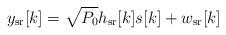
LaTeX: \begin{align*}y_{\mathrm{sr}}[k]=\sqrt{P_0}h_{\mathrm{sr}}[k]s[k]+w_{\mathrm{sr}}[k]\end{align*}